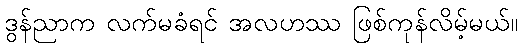
ဒွန်ညာက လက်မခံရင် အလဟဿ ဖြစ်ကုန်လိမ့်မယ်။